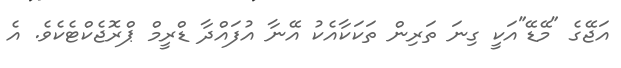
އަޖޭގެ "މޭޑޭ"އަކީ ގިނަ ތަރިން ތަކަކާއެކު އޭނާ އުފައްދާ ޑްރީމް ޕްރޮޖެކްޓެކެވެ. އެ